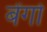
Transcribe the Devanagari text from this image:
बेंगो